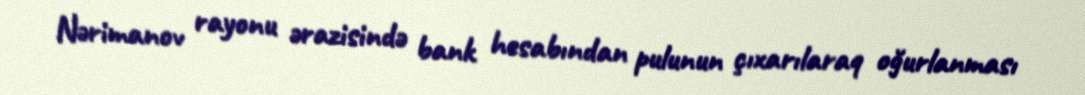
Nərimanov rayonu ərazisində bank hesabından pulunun çıxarılaraq oğurlanması